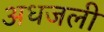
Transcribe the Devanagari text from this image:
अधजली